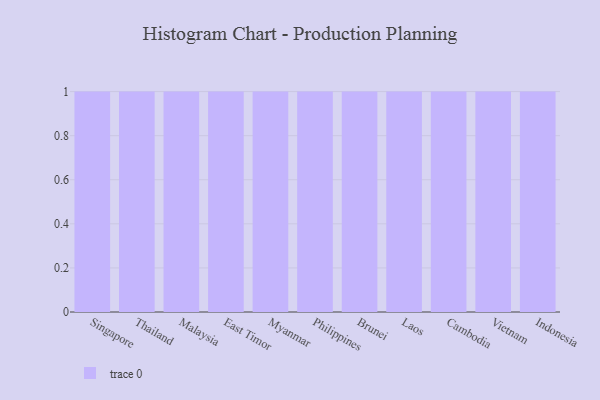
{"axis": {"x": "Country", "y": "Energy Usage (MWh)"}, "legend": [""], "data": [{"x": "Singapore", "y": 26, "type": ""}, {"x": "Thailand", "y": 5, "type": ""}, {"x": "Malaysia", "y": 97, "type": ""}, {"x": "East Timor", "y": 5, "type": ""}, {"x": "Myanmar", "y": 92, "type": ""}, {"x": "Philippines", "y": 40, "type": ""}, {"x": "Brunei", "y": 17, "type": ""}, {"x": "Laos", "y": 62, "type": ""}, {"x": "Cambodia", "y": 67, "type": ""}, {"x": "Vietnam", "y": 59, "type": ""}, {"x": "Indonesia", "y": 4, "type": ""}]}